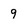
Character: 9